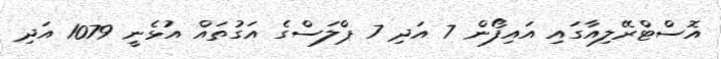
އޮސްޓްރޭލިއާގައި އައިފޯން 7 އަދި 7 ޕްލަސްގެ އަގުތައް އުޅެނީ 1079 އަދި